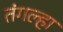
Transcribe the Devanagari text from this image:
तंगल्हा